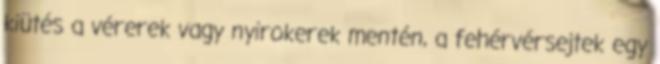
kiütés a vérerek vagy nyirokerek mentén, a fehérvérsejtek egy